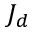
J _ { d }